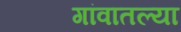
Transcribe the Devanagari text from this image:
गांवातल्या